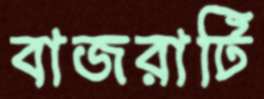
বাজরাটি